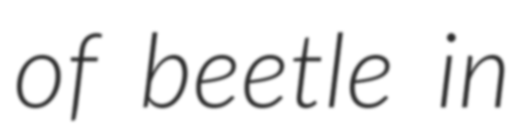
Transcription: of beetle in